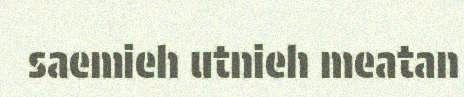
saemieh utnieh meatan